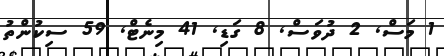
1 މަސް